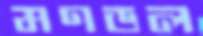
মণডল